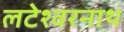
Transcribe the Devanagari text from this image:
लटेश्वरनाथ